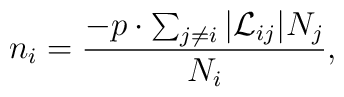
n_i = \frac{-p\cdot\sum_{j\neq i}|{\cal L}_{ij}|N_j}{N_i},